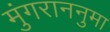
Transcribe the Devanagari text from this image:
मुंगराननुमा